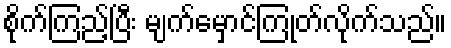
စိုက်ကြည့်ပြီး မျက်မှောင်ကြုတ်လိုက်သည်။